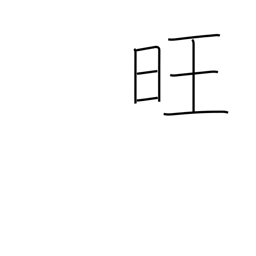
Meaning: vigorous